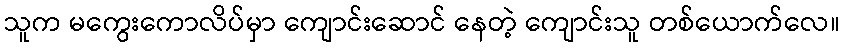
သူက မကွေးကောလိပ်မှာ ကျောင်းဆောင် နေတဲ့ ကျောင်းသူ တစ်ယောက်လေ။